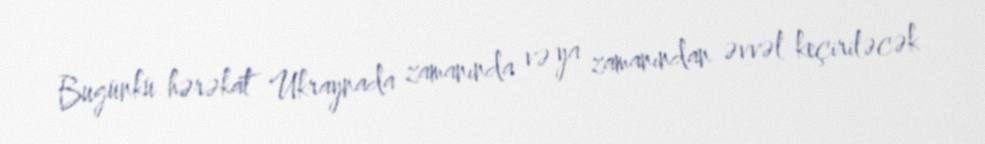
Bugünkü hərəkat Ukraynada zamanında və ya zamanından əvvəl keçiriləcək